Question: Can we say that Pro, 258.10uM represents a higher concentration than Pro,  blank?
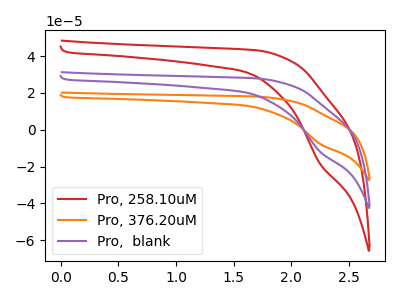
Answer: <think>The red curve "Pro, 258.10uM" has a cathodic peak at: (2.25V, -18.55uA). The orange curve "Pro, 376.20uM" has a cathodic peak at: (2.25V, -23.95uA). The purple curve "Pro,  blank" has a cathodic peak at: (2.25V, -12.00uA).
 All the peaks in "Pro, 258.10uM" have a peak in "Pro,  blank" at the same potential. Every peak in "Pro, 258.10uM" is higher than every peak in "Pro,  blank".</think>
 <answer>"Pro, 258.10uM" has more signal than "Pro,  blank" and so likely has a higher concentration.</answer>
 <eval>more_concentration</eval>